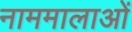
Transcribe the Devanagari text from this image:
नाममालाओं